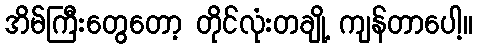
အိမ်ကြီးတွေတော့ တိုင်လုံးတချို့ ကျန်တာပေါ့။